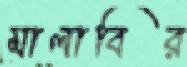
মালাবির